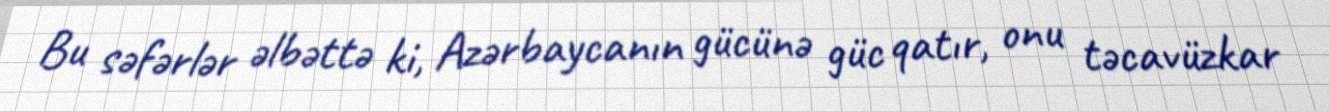
Bu səfərlər əlbəttə ki, Azərbaycanın gücünə güc qatır, onu təcavüzkar